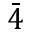
\bar { 4 }